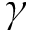
\gamma